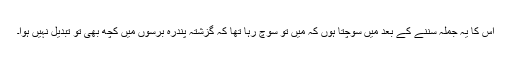
اس کا یہ جملہ سننے کے بعد مَیں سوچتا ہوں کہ مَیں تو سوچ رہا تھا کہ گزشتہ پندرہ برسوں میں کچھ بھی تو تبدیل نہیں ہوا۔